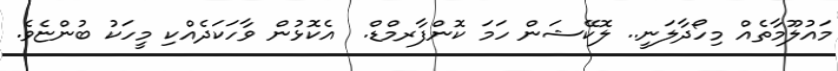
މައުލޫމާތެއް މިހޯދާލަނީ.. ލޮކޭޝަން ހަމަ ކޮންފާރމްޑް.  އެކޮޅުން ވާހަކަދެއްކި މީހަކު ބުންޏެވެ.